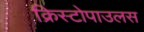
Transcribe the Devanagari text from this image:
क्रिस्टोपाउलस